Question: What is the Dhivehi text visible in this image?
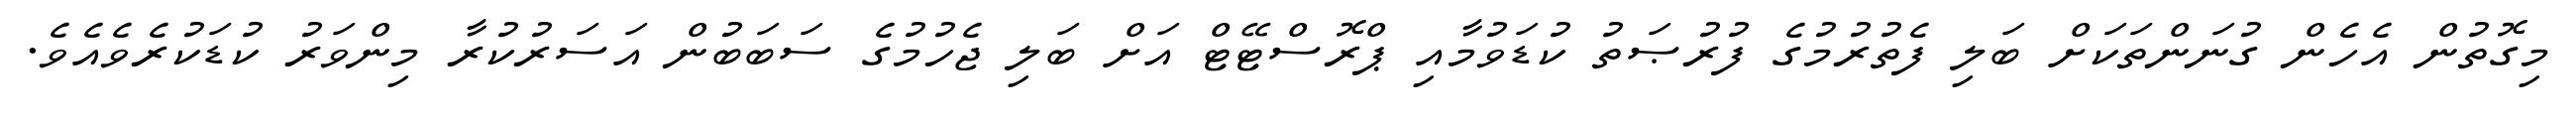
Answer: މިގޮތުން އެހެން ގުނަންތަކަށް ބަލި ފެތުރުމުގެ ފުރުޞަތު ކުޑަވުމާއި ޕްރޮސްޓޭޓް އަށް ބަލި ޖެހުމުގެ ސަބަބުން އަސަރުކުރާ މިންވަރު ކުޑަކުރެވެއެވެ.